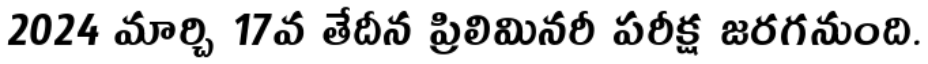
2024 మార్చి 17వ తేదీన ప్రిలిమినరీ పరీక్ష జరగనుంది.